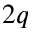
2 q